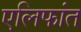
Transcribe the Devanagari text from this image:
एलिफांत